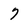
Character: 7